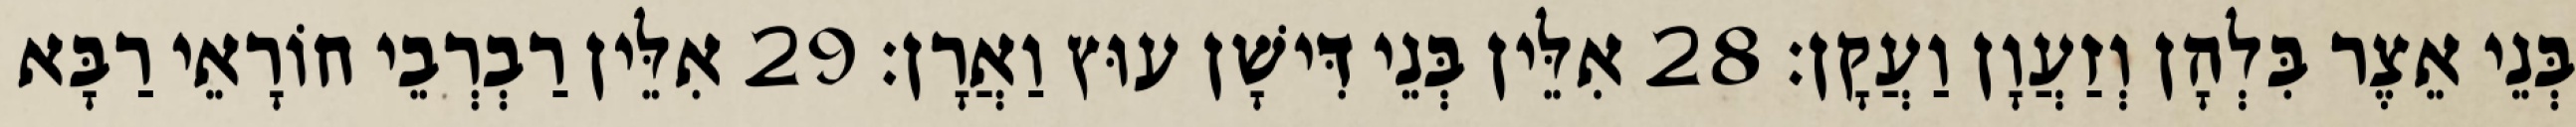
בְּנֵי אֵצֶר בִּלְהָן וְזַעֲוָן וַעֲקָן׃ 28 אִלֵּין בְּנֵי דִּישָׁן עוּץ וַאֲרָן׃ 29 אִלֵּין רַבְרְבֵי חוֹרָאֵי רַבָּא